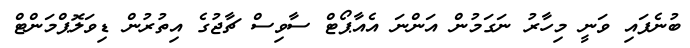
ބުނެފައި ވަނީ މިހާރު ނަގަމުން އަންނަ އެއާޕޯޓް ސާވިސް ޗާޖުގެ އިތުރުން ޑިވަލޮޕްމަންޓް